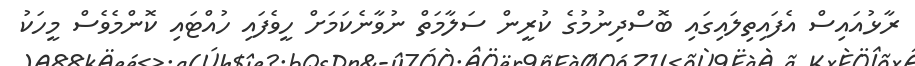
ރާޅުއައިސް އެފައިތިލައިގައި ބޮސްދިނުމުގެ ކުރީން ސަލާމަތް ނުވާނެކަމަށް ހީވެފައި ހުއްޓައި ކޮންމެވެސް މީހަކު